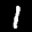
Label: 1